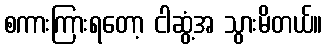
စကားကြားရတော့ ငါဆွံ့အ သွားမိတယ်။